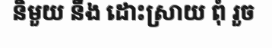
និមួយ នឹង ដោះស្រាយ ពុំ រួច